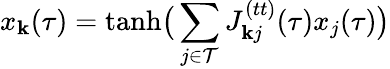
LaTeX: x_{\mathbf{k}}(\tau)=\mathrm{{tanh}}\big(\sum_{j\in\mathcal{{T}}}J_{\mathbf{k}j}^{(tt)}(\tau)x_{j}(\tau)\big)